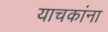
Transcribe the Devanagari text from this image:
याचकांना